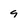
Character: 9